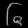
Digit: ၆